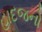
હાદજનો